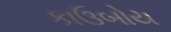
કાઉબોય